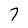
Character: 7